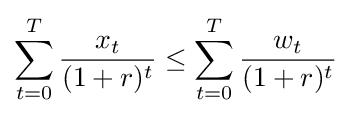
\sum _{t=0}^{T}{\frac {x_{t}}{(1+r)^{t}}}\leq \sum _{t=0}^{T}{\frac {w_{t}}{(1+r)^{t}}}